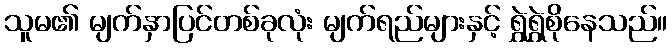
သူမ၏ မျက်နှာပြင်တစ်ခုလုံး မျက်ရည်များနှင့် ရွှဲရွှဲစိုနေသည်။